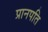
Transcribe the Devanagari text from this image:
प्रानपति